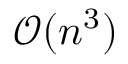
\mathcal { O } ( n ^ { 3 } )